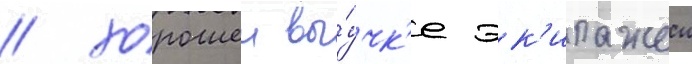
/ хорошеи вы́учк'е эк'ипажеи